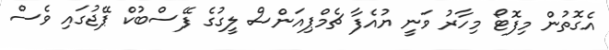
އެގޮތުން މިފޮޓޯ މިހާރު ވަނީ ޔުއެފާ ޗެމްޕިއަންސް ލީގުގެ ފޭސްބުކް ޕޭޖުގައި ވެސް